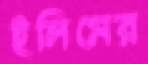
ইলিমের